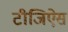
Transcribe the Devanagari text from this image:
टीजिऐस